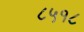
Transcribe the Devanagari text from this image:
८५१८